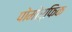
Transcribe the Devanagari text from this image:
पोमोर्फिक